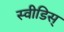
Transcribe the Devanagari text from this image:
स्वीडिस्